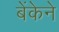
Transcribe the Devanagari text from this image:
बेंकेने